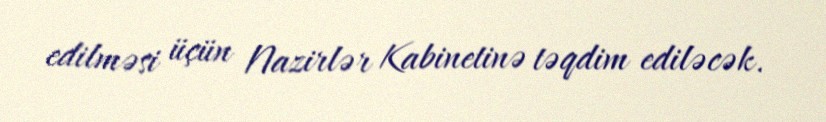
edilməsi üçün Nazirlər Kabinetinə təqdim ediləcək.